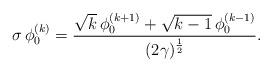
LaTeX: \begin{align*}\sigma \, \phi_0^{(k)} = \frac{\sqrt{k} \, \phi_0^{(k+1)} + \sqrt{k-1} \, \phi_0^{(k-1)}}{(2\gamma)^{\frac12}} .\end{align*}